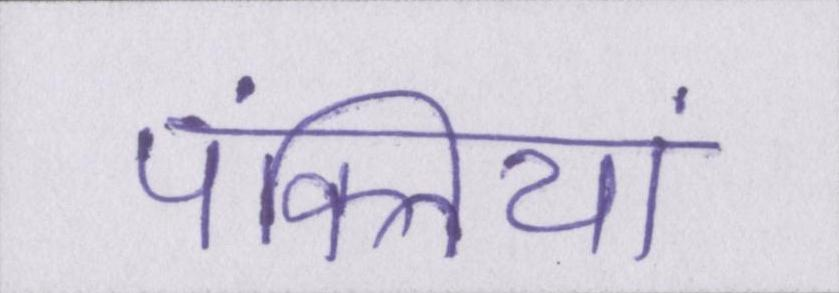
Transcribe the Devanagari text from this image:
पंक्तियां